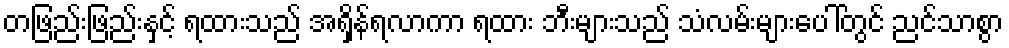
တဖြည်းဖြည်းနှင့် ရထားသည် အရှိန်ရလာကာ ရထား ဘီးများသည် သံလမ်းများပေါ်တွင် ညင်သာစွာ